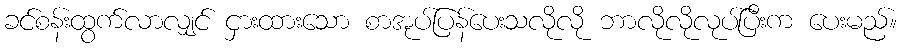
ခင်စန်းထွက်လာလျှင် ငှားထားသော စာအုပ်ပြန်ပေးသလိုလို ဘာလိုလိုလုပ်ပြီးက ပေးမည်။